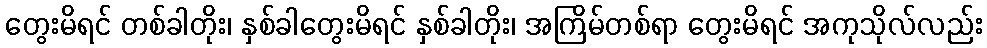
တွေးမိရင် တစ်ခါတိုး၊ နှစ်ခါတွေးမိရင် နှစ်ခါတိုး၊ အကြိမ်တစ်ရာ တွေးမိရင် အကုသိုလ်လည်း